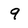
Character: 9